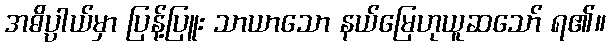
အဓိပ္ပါယ်မှာ ပြန့်ပြူး သာယာသော နယ်မြေဟုယူဆသော် ရ၏။